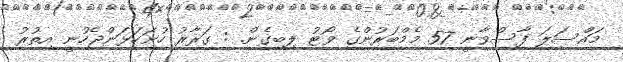
މައްސަލަ ފާސްވާނީ 57 މެމްބަރުންގެ ވޯޓު ލިބިގެން. : ގަރާރު ހުށަހަޅަންޖެހުނީ އިތުރު